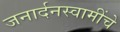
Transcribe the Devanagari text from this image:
जनार्दनस्वामींचे